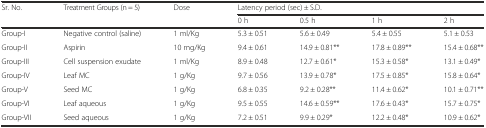
| <ROWSPAN=2> Sr. No. | <ROWSPAN=2> Treatment Groups (n = 5) | <ROWSPAN=2> Dose | <COLSPAN=4> Latency period (sec) ± S.D. |
 | 0 h | 0.5 h | 1 h | 2 h |
 | --- | --- | --- | --- | --- | --- | --- |
 | Group-I | Negative control (saline) | 1 ml/Kg | 5.3 ± 0.51 | 5.6 ± 0.49 | 5.4 ± 0.55 | 5.1 ± 0.53 |
 | Group-II | Aspirin | 10 mg/Kg | 9.4 ± 0.61 | 14.9 ± 0.81** | 17.8 ± 0.89** | 15.4 ± 0.68** |
 | Group-III | Cell suspension exudate | 1 ml/Kg | 8.9 ± 0.48 | 12.7 ± 0.61* | 15.3 ± 0.58* | 13.1 ± 0.49* |
 | Group-IV | Leaf MC | 1 g/Kg | 9.7 ± 0.56 | 13.9 ± 0.78* | 17.5 ± 0.85* | 15.8 ± 0.64* |
 | Group-V | Seed MC | 1 g/Kg | 6.8 ± 0.35 | 9.2 ± 0.28** | 11.4 ± 0.62* | 10.1 ± 0.71** |
 | Group-VI | Leaf aqueous | 1 g/Kg | 9.5 ± 0.55 | 14.6 ± 0.59** | 17.6 ± 0.43* | 15.7 ± 0.75* |
 | Group-VII | Seed aqueous | 1 g/Kg | 7.2 ± 0.51 | 9.9 ± 0.29* | 12.2 ± 0.48* | 10.9 ± 0.62* |